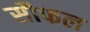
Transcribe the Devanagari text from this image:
सौफल